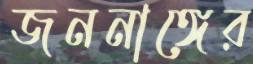
জননাঙ্গের